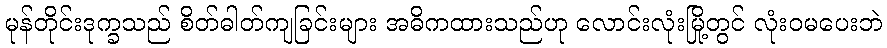
မုန်တိုင်းဒုက္ခသည် စိတ်ဓါတ်ကျခြင်းများ အဓိကထားသည်ဟု လောင်းလုံးမြို့တွင် လုံးဝမပေးဘဲ